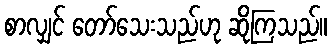
စာလျှင် တော်သေးသည်ဟု ဆိုကြသည်။